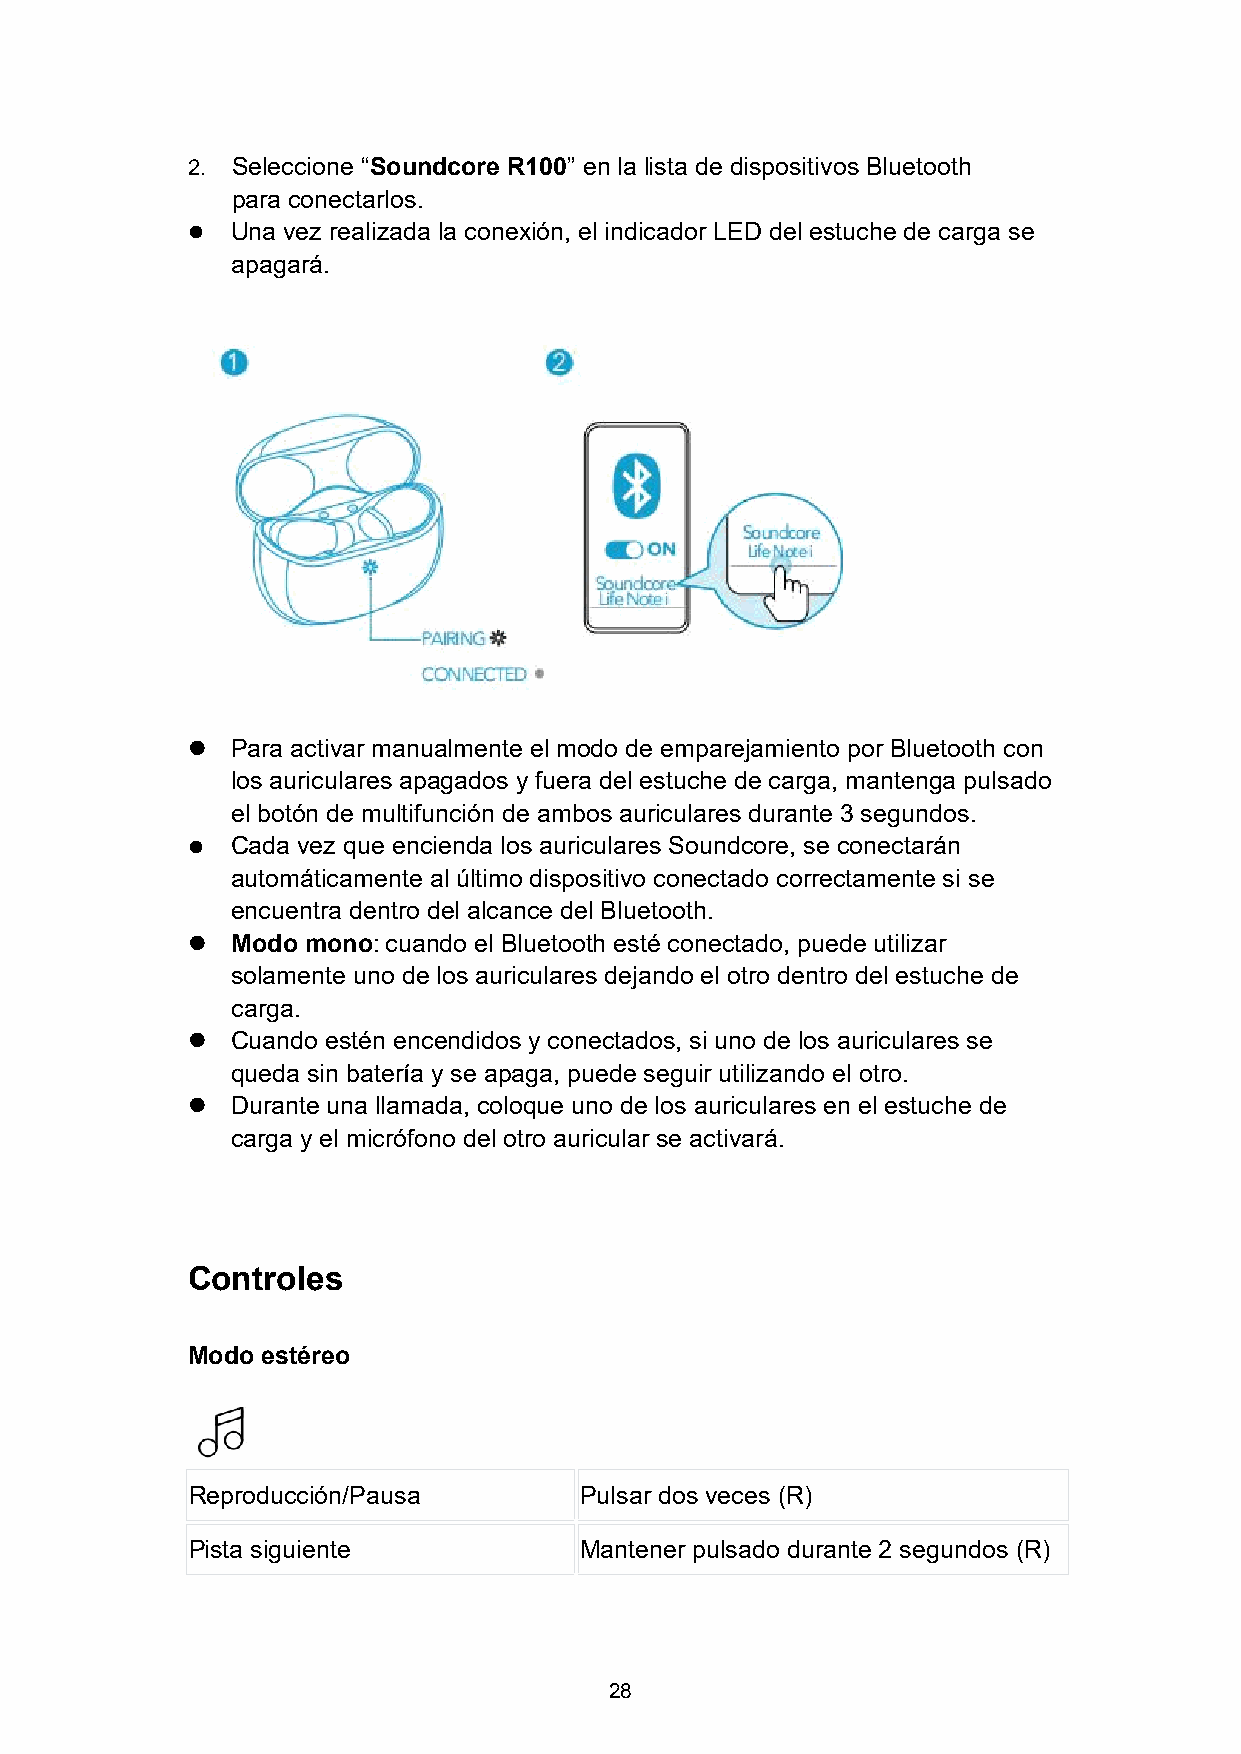
2. Seleccione “Soundcore R100” en la lista de dispositivos Bluetooth
 para conectarlos.
   Una vez realizada la conexión, el indicador LED del estuche de carga se
 apagará.
   Para activar manualmente el modo de emparejamiento por Bluetooth con
 los auriculares apagados y fuera del estuche de carga, mantenga pulsado
 el botón de multifunción de ambos auriculares durante 3 segundos.
   Cada vez que encienda los auriculares Soundcore, se conectarán
 automáticamente al último dispositivo conectado correctamente si se
 encuentra dentro del alcance del Bluetooth.
   Modo mono:cuando el Bluetooth esté conectado, puede utilizar
 solamente uno de los auriculares dejando el otro dentro del estuche de
 carga.
   Cuando estén encendidos y conectados, si uno de los auriculares se
 queda sin batería y se apaga, puede seguir utilizando el otro.
   Durante una llamada, coloque uno de los auriculares en el estuche de
 carga y el micrófono del otro auricular se activará.
 Controles
 Modo estéreo
 Reproducción/Pausa        Pulsar dos veces (R)
 Pista siguiente           Mantener pulsado durante 2 segundos (R)
 28